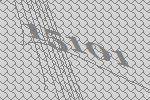
15101